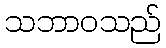
သဘာဝသည်